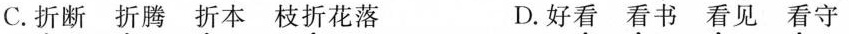
C.折断折腾折本枝折花落 D.好看看书看见看守